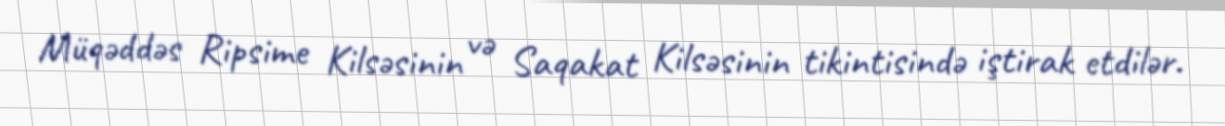
Müqəddəs Ripsime Kilsəsinin və Saqakat Kilsəsinin tikintisində iştirak etdilər.